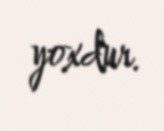
yoxdur.